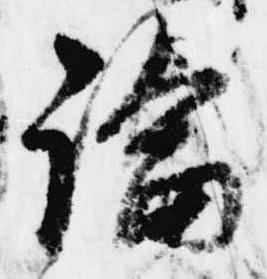
論